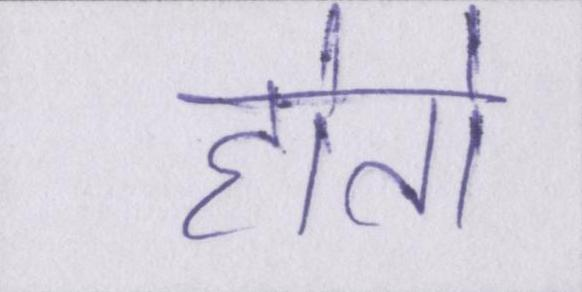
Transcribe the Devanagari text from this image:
होतो